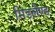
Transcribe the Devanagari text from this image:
मिडलैण्ड